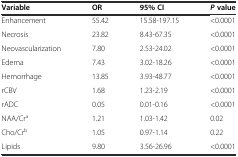
<table><thead><tr><td><b>Variable</b></td><td><b>OR</b></td><td><b>95% CI</b></td><td><b><i>P</i>value</b></td></tr></thead><tbody><tr><td>Enhancement</td><td>55.42</td><td>15.58-197.15</td><td>&lt;0.0001</td></tr><tr><td>Necrosis</td><td>23.82</td><td>8.43-67.35</td><td>&lt;0.0001</td></tr><tr><td>Neovascularization</td><td>7.80</td><td>2.53-24.02</td><td>&lt;0.0001</td></tr><tr><td>Edema</td><td>7.43</td><td>3.02-18.26</td><td>&lt;0.0001</td></tr><tr><td>Hemorrhage</td><td>13.85</td><td>3.93-48.77</td><td>&lt;0.0001</td></tr><tr><td>rCBV</td><td>1.68</td><td>1.23-2.19</td><td>&lt;0.0001</td></tr><tr><td>rADC</td><td>0.05</td><td>0.01-0.16</td><td>&lt;0.0001</td></tr><tr><td>NAA/Cr<sup>a</sup></td><td>1.21</td><td>1.03-1.42</td><td>0.02</td></tr><tr><td>Cho/Cr<sup>b</sup></td><td>1.05</td><td>0.97-1.14</td><td>0.22</td></tr><tr><td>Lipids</td><td>9.80</td><td>3.56-26.96</td><td>&lt;0.0001</td></tr></tbody></table>